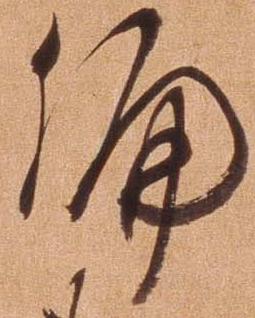
偏